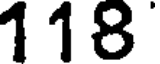
118